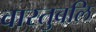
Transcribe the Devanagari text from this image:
वास्तुबलि